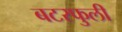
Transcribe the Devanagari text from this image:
बटरफुली